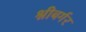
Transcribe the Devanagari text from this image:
श्नीबर्गर